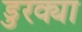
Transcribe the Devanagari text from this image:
डुरक्या